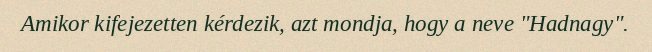
Amikor kifejezetten kérdezik, azt mondja, hogy a neve "Hadnagy".